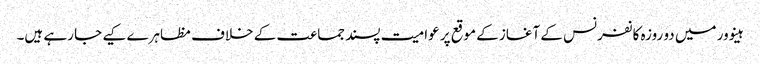
ہینوور میں دو روزہ کانفرنس کے آغاز کے موقع پر عوامیت پسند جماعت کے خلاف مظاہرے کیے جا رہے ہیں۔